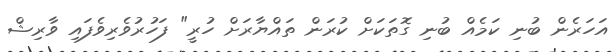
އަހަރެން ބުނި ކަމެއް ބުނި ގޮތަކަށް ކުރަން ތައްޔާރަށް ހުރީ" ފަހުރުވެރިވެފައި ވާރިޝް